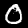
Label: 0